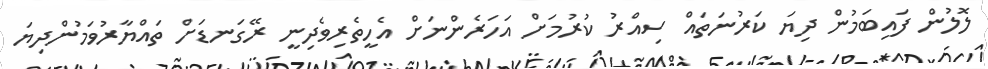
ލޮލުން ފައިބަމުން ދިޔަ ކަރުނަތައް ސިއްރު ކުރުމަށް އަހަރެންނަށް އެހީތެރިވެދިނީ ރޭގަނޑަށް ތައްޔާރުވަމުންދިޔަ